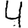
Digit: 4